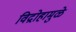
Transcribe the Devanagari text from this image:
विद्रोहामुळे